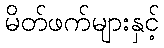
မိတ်ဖက်များနှင့်